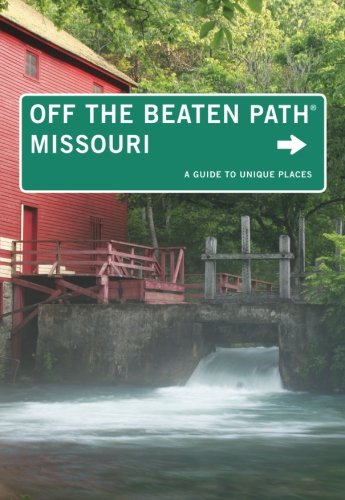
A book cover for Missouri Off the Beaten PathÂ®: A Guide To Unique Places (Off the Beaten Path Series); Patti DeLano; Travel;